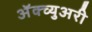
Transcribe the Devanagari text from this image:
अॅक्च्युअरी